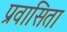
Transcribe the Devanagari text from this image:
प्रवासिता